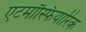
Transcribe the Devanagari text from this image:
एटमॉस्फियारिक